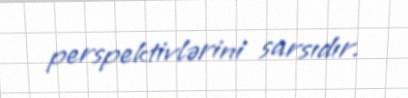
perspektivlərini sarsıdır.